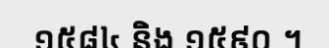
១៥៨៤ និង ១៥៩០ ។